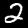
Label: 2